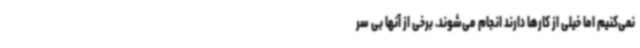
نمی‌کنیم اما خیلی از کارها دارند انجام می‌شوند. برخی از آنها بی سر